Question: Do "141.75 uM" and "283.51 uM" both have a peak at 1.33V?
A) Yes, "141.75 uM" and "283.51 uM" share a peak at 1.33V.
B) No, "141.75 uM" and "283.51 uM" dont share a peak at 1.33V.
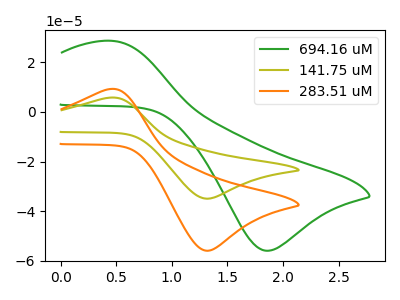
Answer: <think>The green curve "694.16 uM" has an anodic peak at (0.45V, 28.60uA) and a cathodic peak at (1.85V, -55.85uA). The olive curve "141.75 uM" has an anodic peak at (0.45V, 5.70uA) and a cathodic peak at (1.35V, -34.90uA). The orange curve "283.51 uM" has an anodic peak at (0.45V, 9.15uA) and a cathodic peak at (1.35V, -55.85uA).</think>
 <answer>A) Yes, "141.75 uM" and "283.51 uM" share a peak at 1.33V.</answer>
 <eval>A</eval>